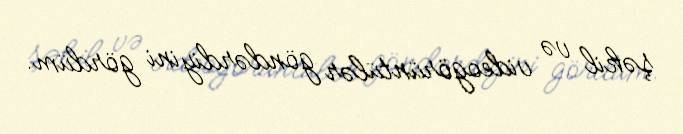
şəkil və videogörüntülər göndərdiyini gördüm.